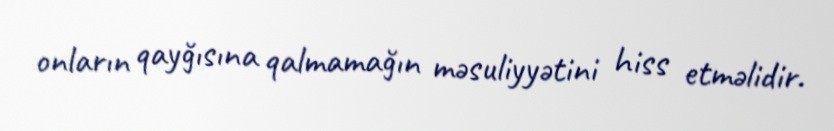
onların qayğısına qalmamağın məsuliyyətini hiss etməlidir.